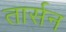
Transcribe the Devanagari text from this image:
तार्सन